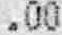
.00